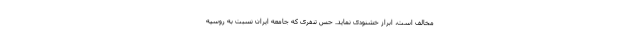
مخالف است، ابراز خشنودی نماید. حس تنفری که جامعه ایران نسبت به روسیه